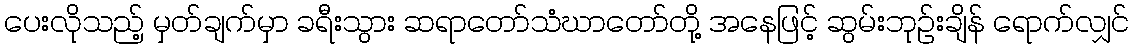
ပေးလိုသည့် မှတ်ချက်မှာ ခရီးသွား ဆရာတော်သံဃာတော်တို့ အနေဖြင့် ဆွမ်းဘုဉ်းချိန် ရောက်လျှင်